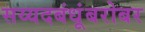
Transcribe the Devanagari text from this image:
सय्यदबंधूंबरोबर